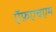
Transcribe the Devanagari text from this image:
ऍफ़एचएम